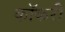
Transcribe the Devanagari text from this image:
कॉकरी